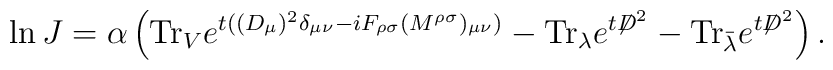
\ln J =  \alpha \left( \mbox{Tr}_{V} e^{t ((D_\mu)^2\delta_{\mu\nu}       -i F_{\rho\sigma}(M^{\rho\sigma})_{\mu\nu})}    - \mbox{Tr}_{\lambda} e^{t {\not D}^{2}}    - \mbox{Tr}_{\bar{\lambda}} e^{t {\not D}^{2}} \right) .